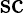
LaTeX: \mathrm{sc}